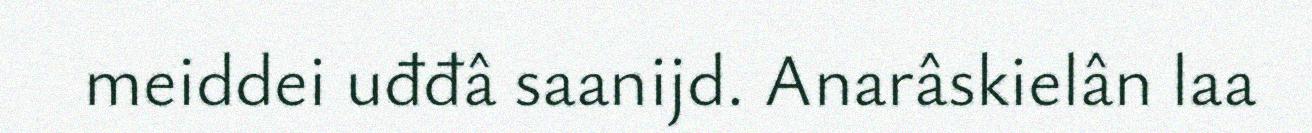
meiddei uđđâ saanijd. Anarâskielân laa